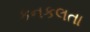
કનકલતા